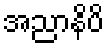
အညာနိပိ